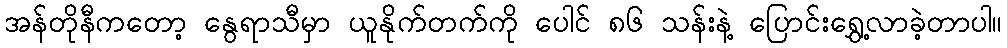
အန်တိုနီကတော့ နွေရာသီမှာ ယူနိုက်တက်ကို ပေါင် ၈၆ သန်းနဲ့ ပြောင်းရွှေ့လာခဲ့တာပါ။